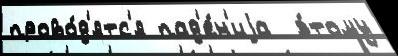
прово́д'ятс'я пад'е́н'иjа  э́тому